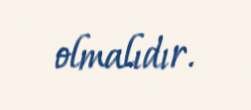
olmalıdır.